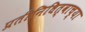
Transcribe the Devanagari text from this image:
प्रतीनिधित्वाच्या